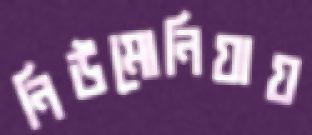
নিউমোনিয়ায়